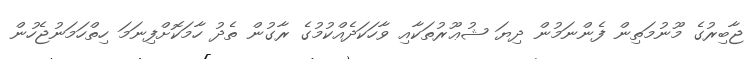
ޖާބިރުގެ މޫނުމަތިން ފެންނަމުން ދިޔަ ޝުޢޫރުތަކާއި ވާހަކަދެއްކުމުގެ ރާގުން ތެދު ހާމަކޮށްފިނަމަ ހިތްހަމަނުޖެހުން